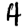
Digit: 4